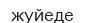
жуйеде